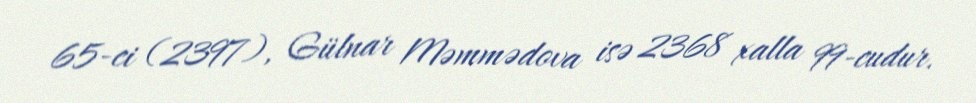
65-ci (2397), Gülnar Məmmədova isə 2368 xalla 99-cudur.